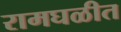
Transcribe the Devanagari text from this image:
रामघळीत